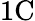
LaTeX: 1\mathrm{C}